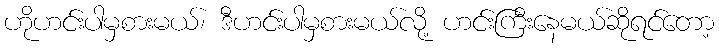
ဟိုဟင်းပါမှစားမယ်၊ ဒီဟင်းပါမှစားမယ်လို့ ဟင်းကြီးနေမယ်ဆိုရင်တော့